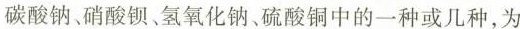
碳酸钠、硝酸钡、氢氧化钠、硫酸铜中的一种或几种，为